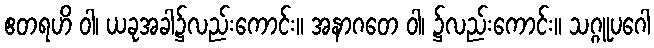
ဧတရဟိ ဝါ၊ ယခုအခါ၌လည်းကောင်း။ အနာဂတေ ဝါ၊ ၌လည်းကောင်း။ သဂ္ဂူပဂေါ